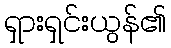
ရှားရှင်းယွန်၏